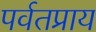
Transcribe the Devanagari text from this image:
पर्वतप्राय